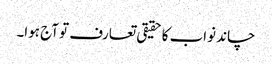
چاند نواب کا حقیقی تعارف تو آج ہوا۔